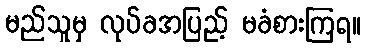
မည်သူမှ လုပ်ခအပြည့် မခံစားကြရ။